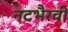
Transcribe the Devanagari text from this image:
नटभैरवी